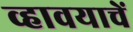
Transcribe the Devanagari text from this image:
व्हावयाचें